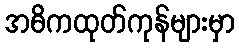
အဓိကထုတ်ကုန်များမှာ